65_HS1-834228961_62-HQ-83894_Section_8
Agency: FBI
Page 130
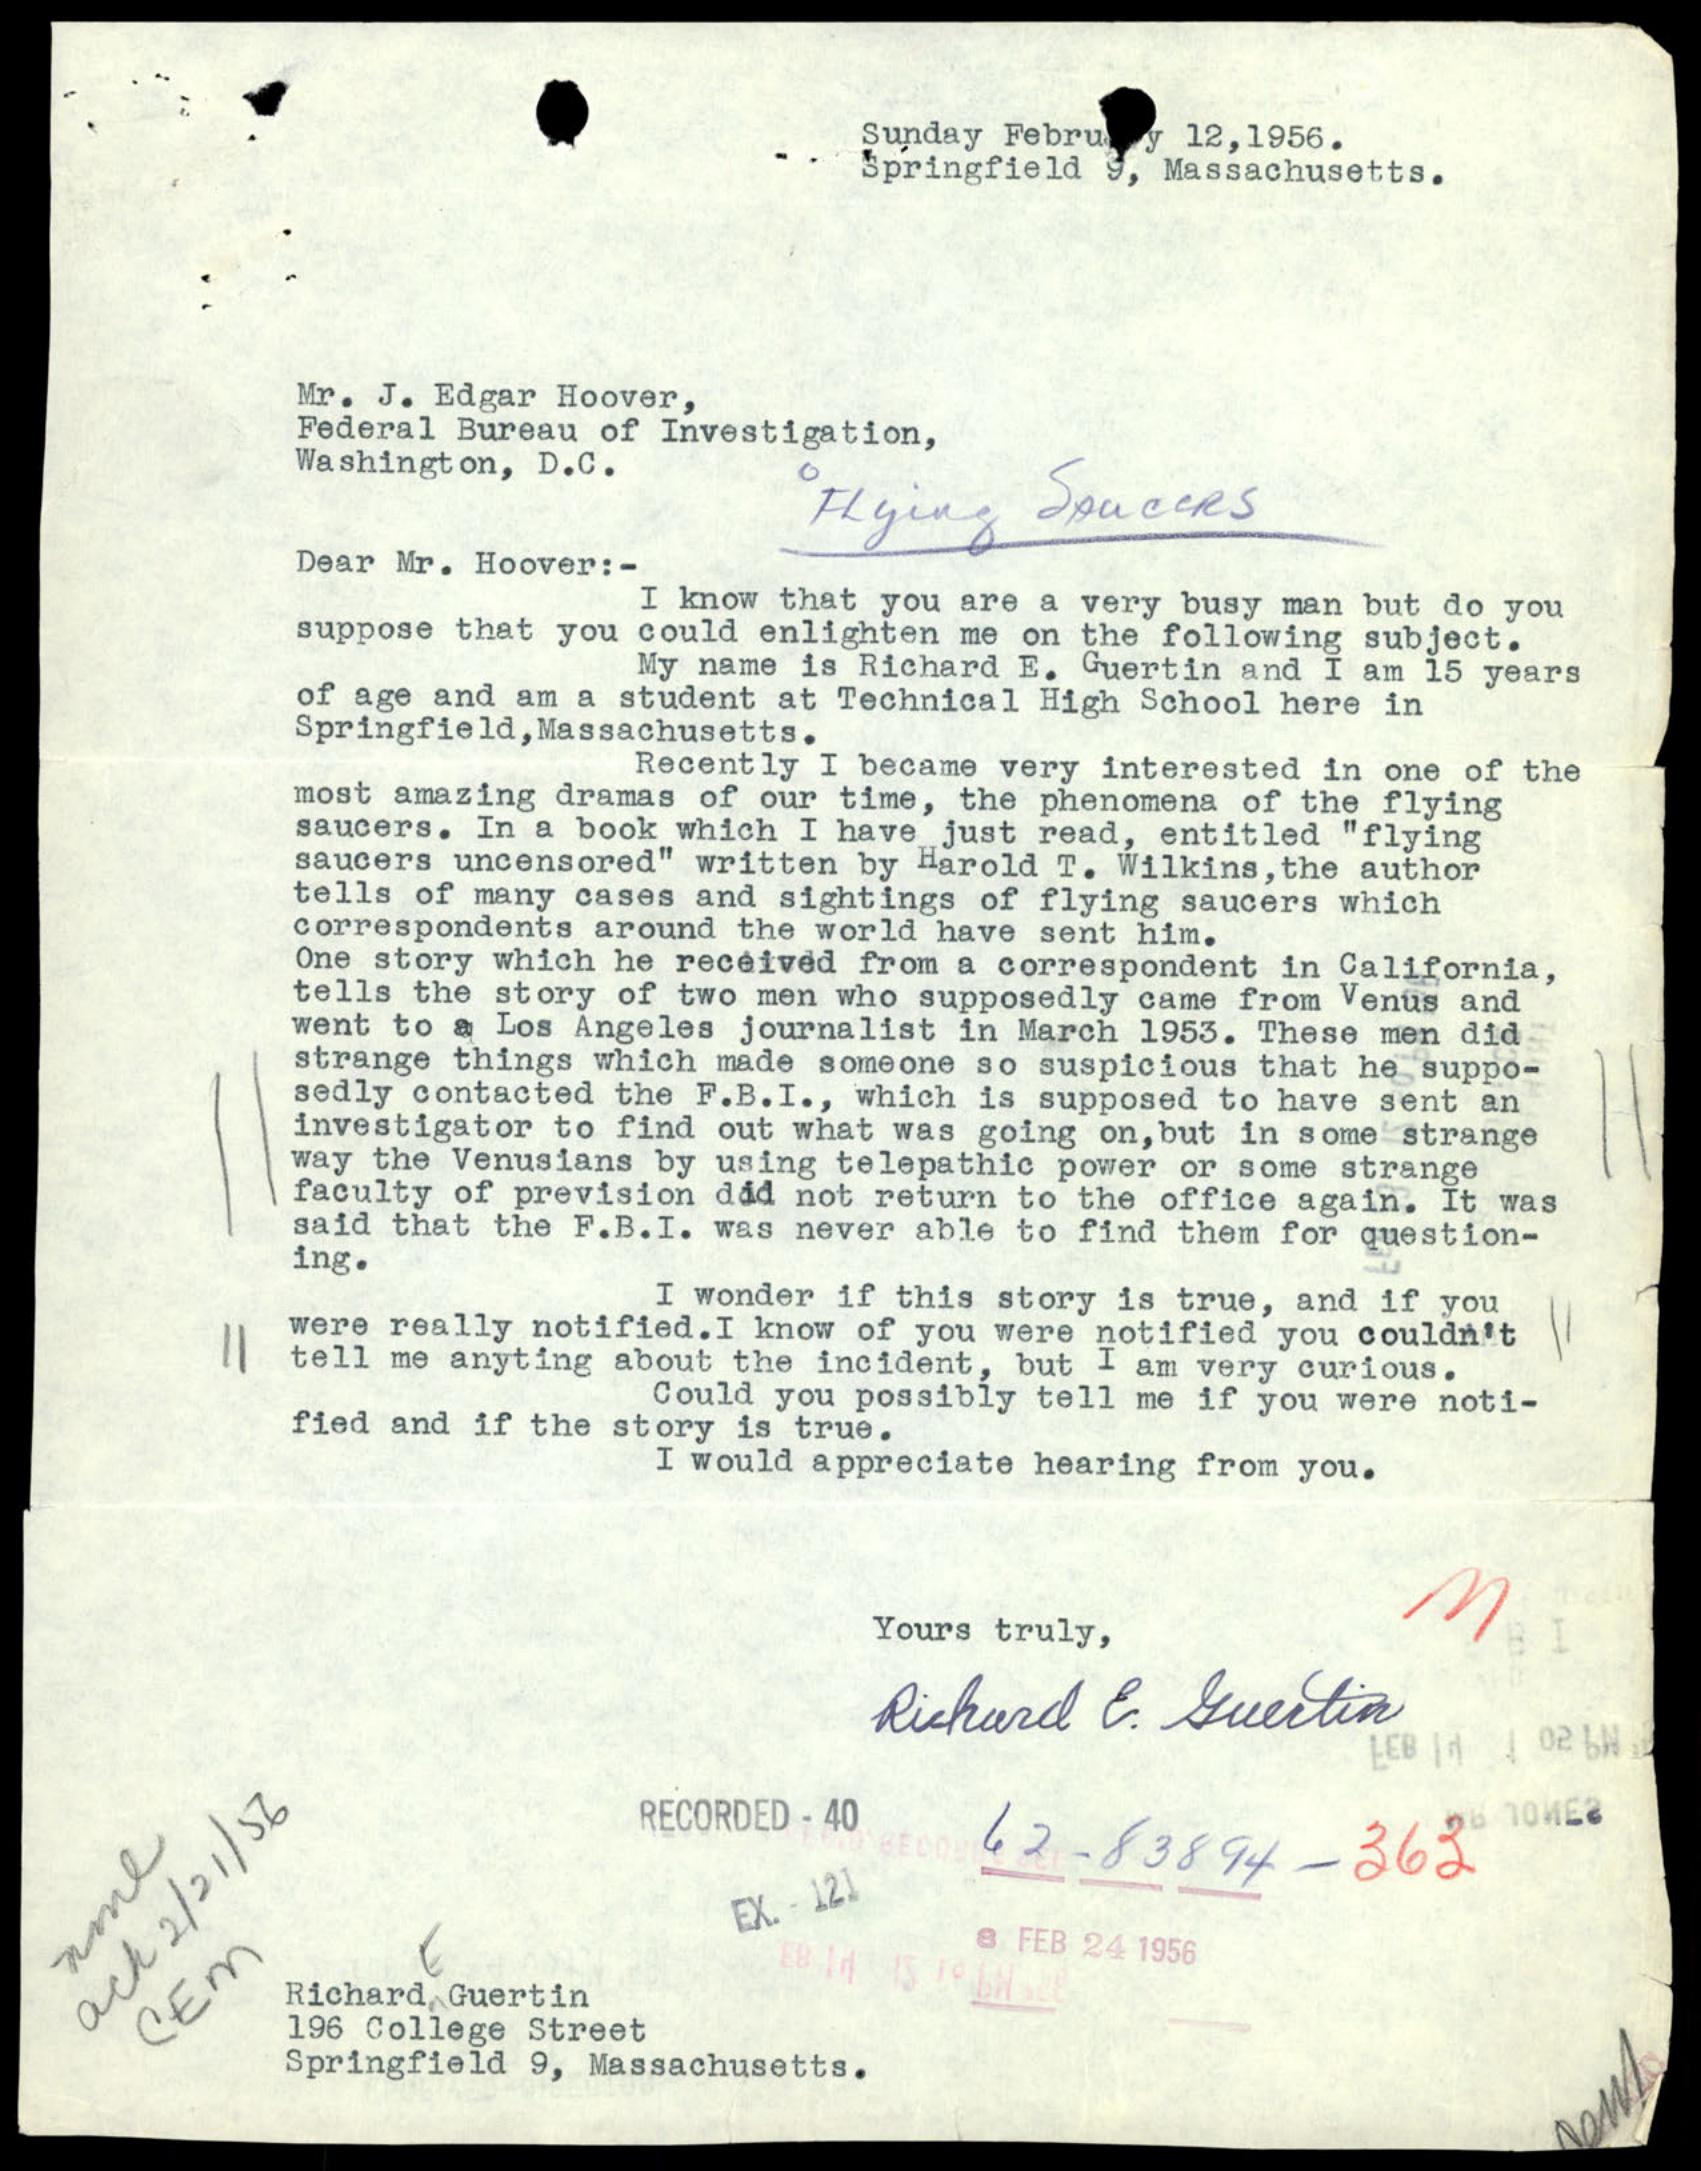